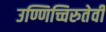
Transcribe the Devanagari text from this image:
उण्णिच्चिरुतेवी